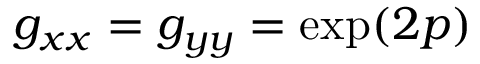
g _ { x x } = g _ { y y } = \exp ( 2 p )